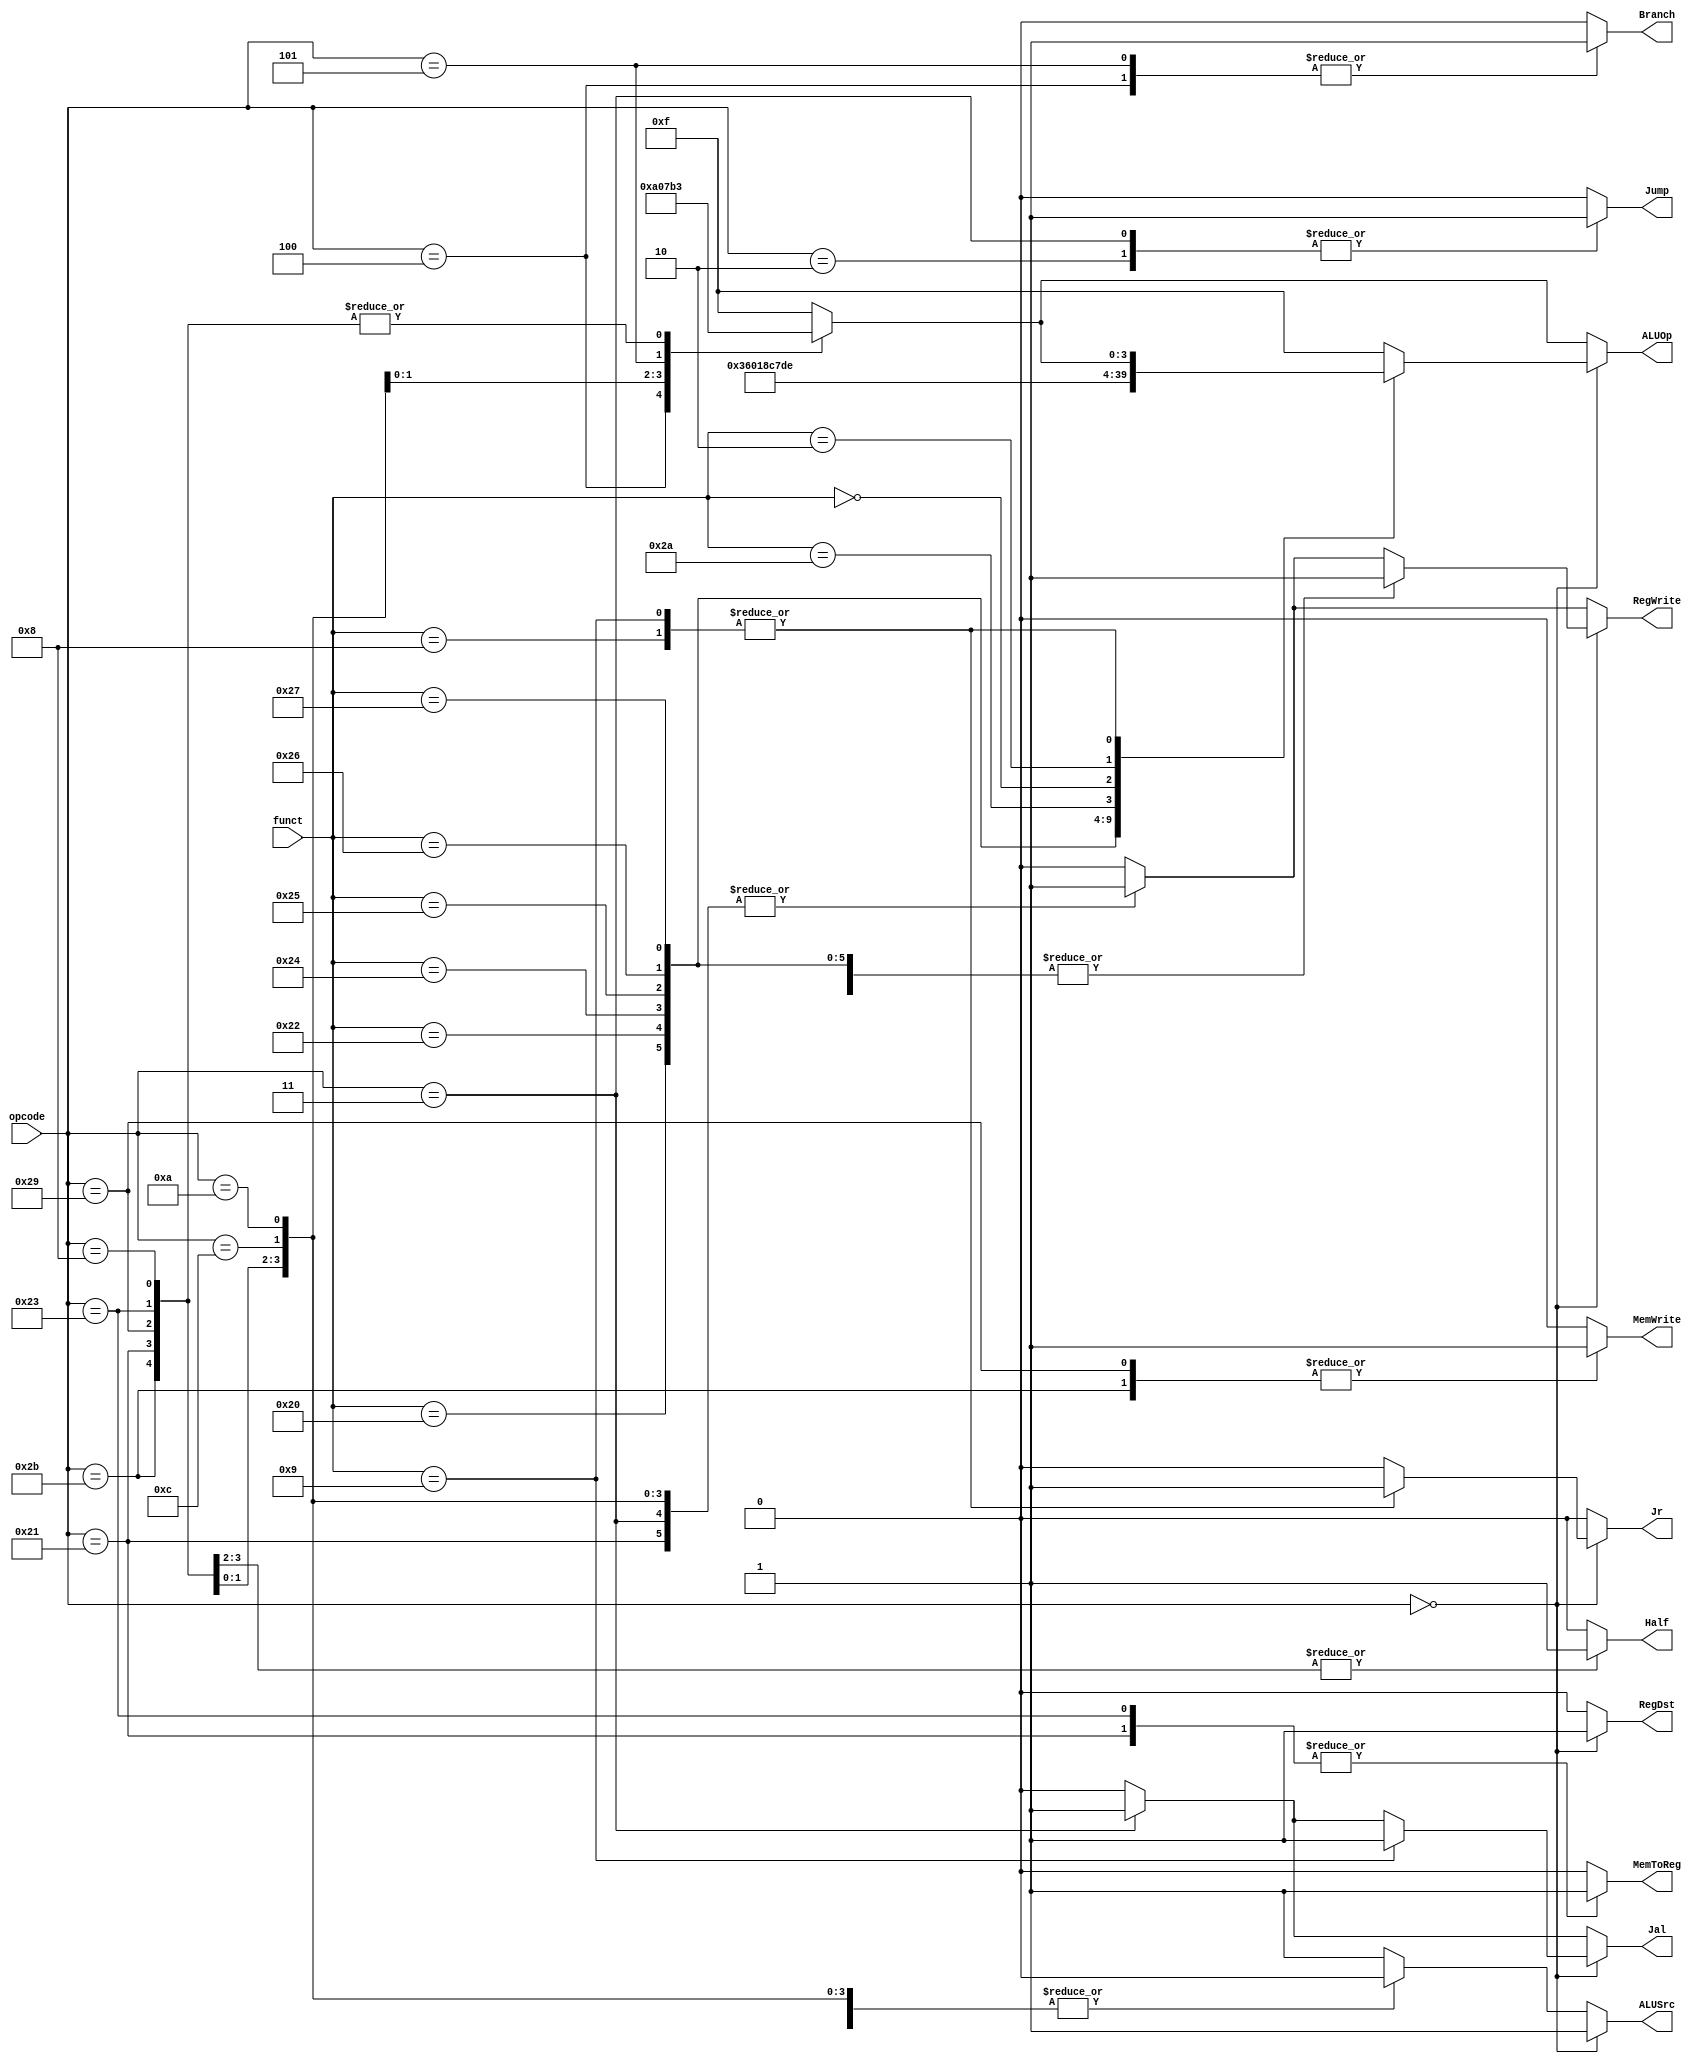
// Controller

module Controller ( opcode,
					funct,
					// write your code in here
					RegDst,
					RegWrite,
					ALUSrc,
					ALUOp,
					MemWrite,
					MemToReg,
					Half,
					Branch,
					Jump,
					Jal,
					Jr
					);

	input  [5:0] opcode;
    input  [5:0] funct;

	// write your code in here
	output RegDst, RegWrite, ALUSrc, MemWrite, MemToReg, Half, Branch, Jump, Jal, Jr;
	output [3:0] ALUOp;
	reg RegDst, RegWrite, ALUSrc, MemWrite, MemToReg, Half, Branch, Jump, Jal, Jr;
	reg [3:0] ALUOp;

	/*ALUSrc*/
	parameter   DATA_FROM_IMM = 0,
				DATA_FROM_REG = 1;
	/*ALUOp*/
	parameter OP_AND = 0,
			  OP_OR  = 1,
			  OP_ADD = 3,
			  //OP_MUL = 4;
			  //OP_DIV = 5;
			  OP_SUB = 6,
			  OP_SLT = 7,
			  OP_XOR = 8,
			  //OP_NOT = 9,
			  OP_BEQ = 10,
			  OP_BNE = 11,
			  OP_NOR = 12,
			  OP_SLL = 13,
			  OP_SRL = 14,
			  OP_NOP = 15;

	always@(*)
	begin
		RegDst 		= 1'b0;
		RegWrite 	= 1'b0;
		ALUSrc 		= DATA_FROM_REG;
		ALUOp 		= OP_NOP;
		MemWrite 	= 1'b0;
		MemToReg 	= 1'b0;
		Half		= 1'b0;
		Branch		= 1'b0;
		Jump		= 1'b0;
		Jal 		= 1'b0;
		Jr 			= 1'b0;
		case(opcode)
			6'b100011://lw RegWrite, ALUSrc, MemToReg
			begin
				//$display("Controller lw");
				RegWrite 	= 1'b1;
				ALUSrc 		= DATA_FROM_IMM;
				ALUOp 		= OP_ADD;
				MemToReg 	= 1'b1;
			end
			6'b101011://sw ALUSrc, MemWrite
			begin
				//$display("Controller sw");
				ALUSrc 		= DATA_FROM_IMM;
				ALUOp 		= OP_ADD;
				MemWrite 	= 1'b1;
			end
			6'b000100://beq PCSrc(Branch)
			begin
				//$display("Controller beq");
				ALUOp 		= OP_BEQ;
				Branch 		= 1'b1;
			end
			6'b001000://addi
			begin
				//$display("Controller addi");
				RegWrite 	= 1'b1;
				ALUSrc 		= DATA_FROM_IMM;
				ALUOp 		= OP_ADD;
			end
			6'b001100://andi
			begin
				//$display("Controller andi");
				RegWrite 	= 1'b1;
				ALUSrc 		= DATA_FROM_IMM;
				ALUOp 		= OP_AND;
			end
			6'b001010://slti
			begin
				//$display("Controller slti");
				RegWrite 	= 1'b1;
				ALUSrc 		= DATA_FROM_IMM;
				ALUOp 		= OP_SLT;
			end
			6'b000101://bne
			begin
				//$display("Controller bne");
				ALUOp 		= OP_BNE;
				Branch 		= 1'b1;
			end
			6'b100001://lh
			begin
				//$display("Controller lh");
				RegWrite 	= 1'b1;
				ALUSrc 		= DATA_FROM_IMM;
				ALUOp 		= OP_ADD;
				MemToReg 	= 1'b1;
				Half		= 1'b1;
			end
			6'b101001://sh
			begin
				//$display("Controller sh");
				ALUSrc 		= DATA_FROM_IMM;
				ALUOp 		= OP_ADD;
				MemWrite 	= 1'b1;
				Half		= 1'b1;
			end
			6'b000010://j
			begin
				//$display("Controller j");
				Jump 		= 1'b1;
			end
			6'b000011://jal
			begin
				//$display("Controller jal");
				RegWrite 	= 1'b1;
				Jump 		= 1'b1;
				Jal 		= 1'b1;
			end
			default:
			begin
				RegDst 		= 1'b0;
				RegWrite 	= 1'b0;
				ALUSrc 		= DATA_FROM_REG;
				ALUOp 		= OP_NOP;
				MemWrite 	= 1'b0;
				MemToReg 	= 1'b0;
				Half		= 1'b0;
				Branch		= 1'b0;
				Jump		= 1'b0;
				Jal 		= 1'b0;
				Jr 			= 1'b0;
			end
		endcase

		if(opcode == 6'b000000)//R type
		begin
			RegDst 			= 1'b1;
			ALUSrc 			= DATA_FROM_REG;
			case(funct)
			6'b100000://add
			begin
				//$display("Controller add");
				ALUOp 		= OP_ADD;
				RegWrite 	= 1'b1;
			end
			6'b100010://sub
			begin
				//$display("Controller sub");
				ALUOp 		= OP_SUB;
				RegWrite 	= 1'b1;
			end
			6'b100100://and
			begin
				//$display("Controller and");
				ALUOp 		= OP_AND;
				RegWrite 	= 1'b1;
			end
			6'b100101://or
			begin
				//$display("Controller or");
				ALUOp 		= OP_OR;
				RegWrite 	= 1'b1;
			end
			6'b100110://xor
			begin
				//$display("Controller xor");
				ALUOp 		= OP_XOR;
				RegWrite 	= 1'b1;
			end
			6'b100111://nor
			begin
				//$display("Controller nor");
				ALUOp 		= OP_NOR;
				RegWrite 	= 1'b1;
			end
			6'b101010://slt
			begin
				//$display("Controller slt");
				ALUOp 		= OP_SLT;
				RegWrite 	= 1'b1;
			end
			6'b000000://sll, shamt != 0
			begin
				//$display("Controller sll");
				ALUOp 		= OP_SLL;
				RegWrite 	= 1'b1;

			end
			6'b000010://srl
			begin
				//$display("Controller srl");
				ALUOp 		= OP_SRL;
				RegWrite 	= 1'b1;
			end
			6'b001000://jr
			begin
				//$display("Controller jr");
				Jr 			= 1'b1;
			end
			6'b001001://jalr = jal + jr
			begin
				//$display("Controller jalr");
				RegWrite 	= 1'b1;
				Jr	 		= 1'b1;
				Jal 		= 1'b1;
			end
			default:
			begin
				//$display("NO defined R !!!!");
				ALUOp 		= OP_NOP;
			end
			endcase
		end
	end

endmodule